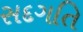
સદગતિ